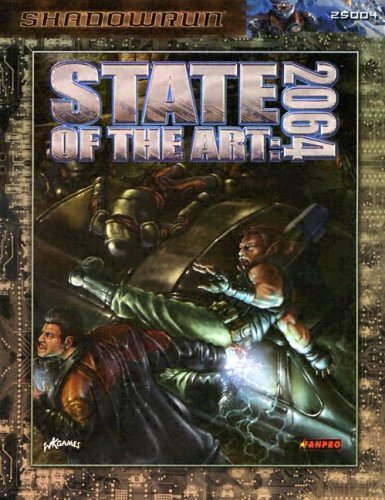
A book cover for State of the Art 2064 (Shadowrun); FanPro; Science Fiction & Fantasy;